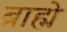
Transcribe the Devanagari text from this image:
ब्राह्मे